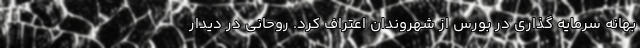
بهانه سرمایه گذاری در بورس از شهروندان اعتراف کرد. روحانی در دیدار